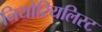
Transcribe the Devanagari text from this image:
नियोरियलिस्ट